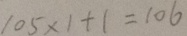
1 0 5 \times 1 + 1 = 1 0 6